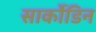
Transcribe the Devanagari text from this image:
सार्कोडिन